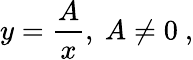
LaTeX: y={\frac{A}{x}},\ A\neq 0\ ,